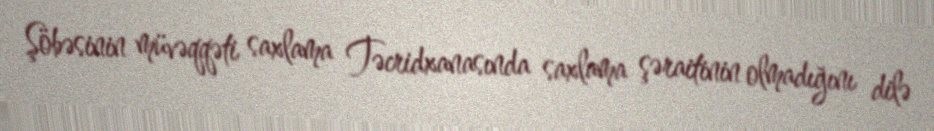
Şöbəsinin müvəqqəti saxlama Təcridxanasında saxlama şəraitinin olmadığını dilə